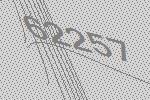
62257